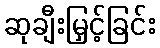
ဆုချီးမြှင့်ခြင်း